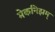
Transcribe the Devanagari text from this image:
मेकनिझम्